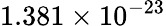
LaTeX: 1.381\times 10^{-23}